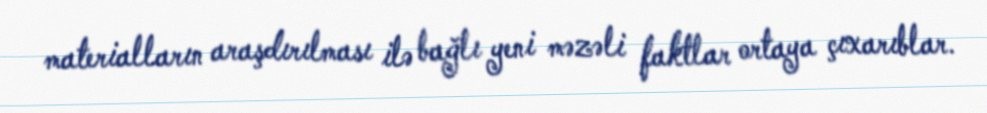
materialların araşdırılması ilə bağlı yeni məzəli faktlar ortaya çıxarıblar.